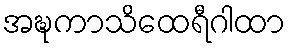
အဍ္ဎကာသိထေရီဂါထာ